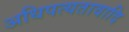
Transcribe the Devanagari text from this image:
अधिपत्यतावादि